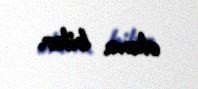
oluna bilər.